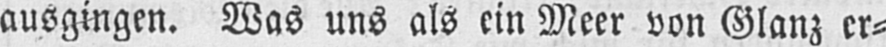
ausgingen. Was uns als ein Meer von Glanz er⸗